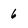
Character: 6